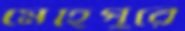
মেহেপুরে